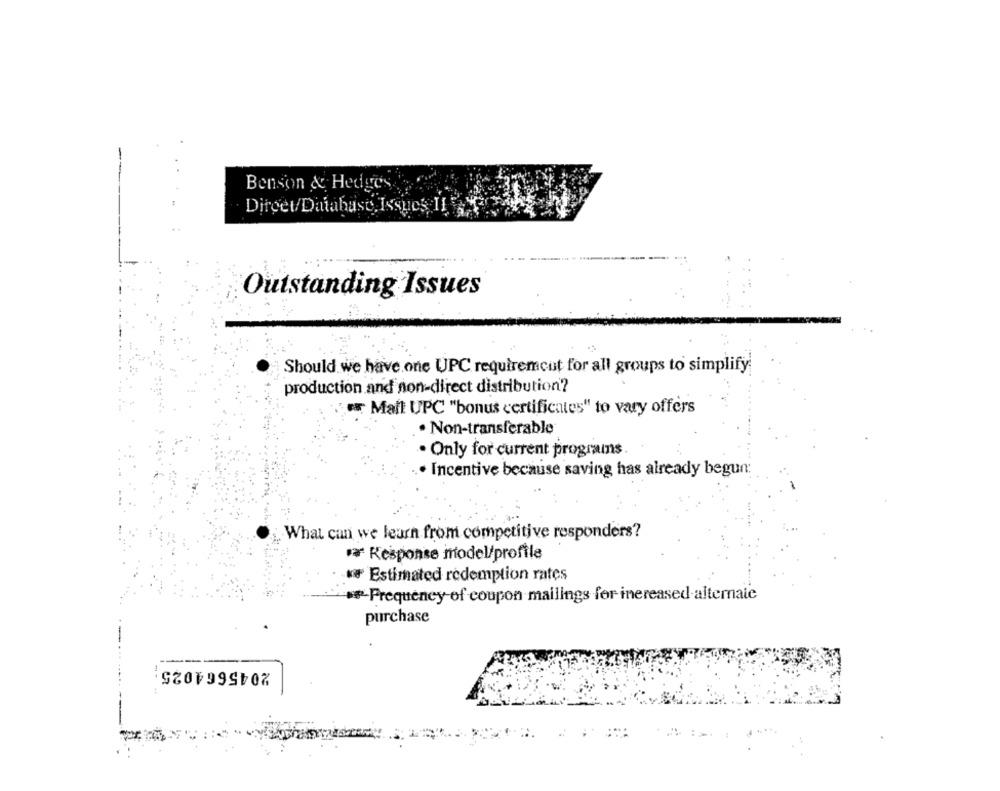
Benson & Hedges.
Dirget/Database, Issues, I
Outstanding Issues
Should we have one UPC requirement for all groups to simplify
production and non-direct distribution?
; Mail UPC "bonus certificates" to vary offers
. Non-transferable
· Only for current programs.
. Incentive because saving has already begun
What can we learn from competitive responders?
va Response model/profile
** Estimated redemption rates
*- Frequency of coupon mailings for inereased alternaie
purchase
2045664025